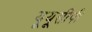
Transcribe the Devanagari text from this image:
यूयूसीपी